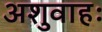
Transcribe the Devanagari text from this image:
अशुवाहः